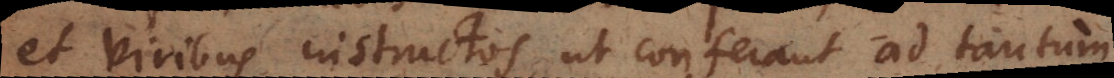
et viribus instructos ut conferant ad tantum